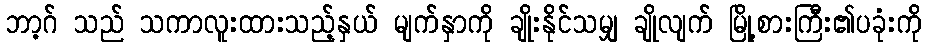
ဘာ့ဂ် သည် သကာလူးထားသည့်နှယ် မျက်နှာကို ချိုးနိုင်သမျှ ချိုလျက် မြို့စားကြီး၏ပခုံးကို